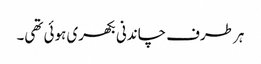
ہر طرف چاندنی بکھری ہوئی تھی۔